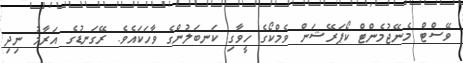
ވޭސްޓް މެނޭޖުމެންޓް ކޯޕަރޭޝަން ވެމްކޯގެ ހީވާގި ކަނބަލުންގެ ވާހަކައެވެ. ރޭގަނޑުގެ އަރާމު ނިދި